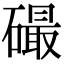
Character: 𥕸